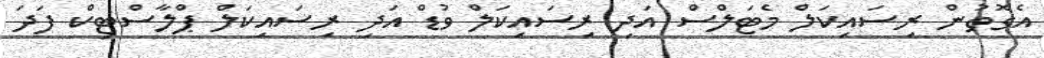
އެގޮތުން ރިސައިކަލް މެޓަލްސް އަދި ރިސައިކަލް ވުޑް އަދި ރިސައިކަލް ޕްލާސްޓިކް ފަދަ